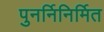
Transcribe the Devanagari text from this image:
पुनर्निनिर्मित